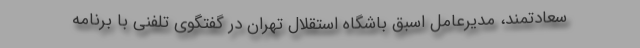
سعادتمند، مدیرعامل اسبق باشگاه استقلال تهران در گفتگوی تلفنی با برنامه